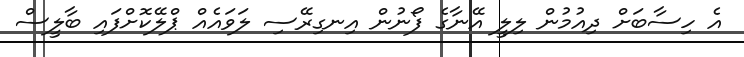
އެ ހިސާބަށް ދިއުމުން ލިލީ އޭނާގެ ފޯނުން އިނގިރޭސި ލަވައެއް ޕްލޭކޮށްފައި ބާލީސް